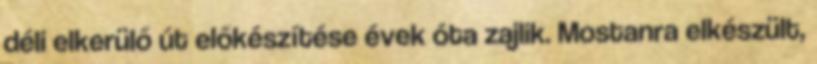
déli elkerülő út előkészítése évek óta zajlik. Mostanra elkészült,